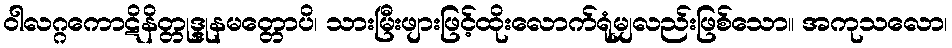
ဝါလဂ္ဂကောဋိနိတ္တုဒ္ဒုနမတ္တောပိ၊ သားမြီးဖျားဖြင့်ထိုးလောက်ရုံမျှလည်းဖြစ်သော။ အကုသလော၊